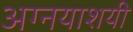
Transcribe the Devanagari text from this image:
अग्नयाशयी